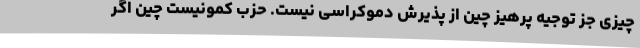
چیزی جز توجیه پرهیز چین از پذیرش دموکراسی نیست. حزب کمونیست چین اگر